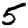
Digit: 5